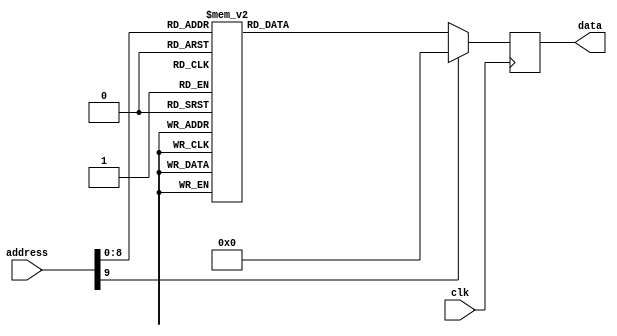
module adau1761_configuration_data(
    input clk,
    input [9:0] address,
    output reg [8:0] data
);

always @(posedge clk) begin
    case(address)
        10'b0000000000: data <= 9'b011101111;
        10'b0000000001: data <= 9'b101110110;
        10'b0000000010: data <= 9'b101000000;
        10'b0000000011: data <= 9'b100000000;
        10'b0000000100: data <= 9'b100001110;
        10'b0000000101: data <= 9'b011111111;
        10'b0000000110: data <= 9'b101110110;
        10'b0000000111: data <= 9'b101000000;
        10'b0000001000: data <= 9'b100000010;
        10'b0000001001: data <= 9'b100000000;
        10'b0000001010: data <= 9'b101111101;
        10'b0000001011: data <= 9'b100000000;
        10'b0000001100: data <= 9'b100001100;
        10'b0000001101: data <= 9'b100100011;
        10'b0000001110: data <= 9'b100000001;
        10'b0000001111: data <= 9'b011111111;
        10'b0000010000: data <= 9'b011101111;
        10'b0000010001: data <= 9'b101110110;
        10'b0000010010: data <= 9'b101000000;
        10'b0000010011: data <= 9'b100000000;
        10'b0000010100: data <= 9'b100001111;
        10'b0000010101: data <= 9'b011111111;
        10'b0000010110: data <= 9'b011101111;
        10'b0000010111: data <= 9'b101110110;
        10'b0000011000: data <= 9'b101000000;
        10'b0000011001: data <= 9'b100010101;
        10'b0000011010: data <= 9'b100000001;
        10'b0000011011: data <= 9'b011111111;
        10'b0000011100: data <= 9'b101110110;
        10'b0000011101: data <= 9'b101000000;
        10'b0000011110: data <= 9'b100001010;
        10'b0000011111: data <= 9'b100000001;
        10'b0000100000: data <= 9'b011111111;
        10'b0000100001: data <= 9'b101110110;
        10'b0000100010: data <= 9'b101000000;
        10'b0000100011: data <= 9'b100001011;
        10'b0000100100: data <= 9'b100000101;
        10'b0000100101: data <= 9'b011111111;
        10'b0000100110: data <= 9'b101110110;
        10'b0000100111: data <= 9'b101000000;
        10'b0000101000: data <= 9'b100001100;
        10'b0000101001: data <= 9'b100000001;
        10'b0000101010: data <= 9'b011111111;
        10'b0000101011: data <= 9'b101110110;
        10'b0000101100: data <= 9'b101000000;
        10'b0000101101: data <= 9'b100001101;
        10'b0000101110: data <= 9'b100000101;
        10'b0000101111: data <= 9'b011111111;
        10'b0000110000: data <= 9'b101110110;
        10'b0000110001: data <= 9'b101000000;
        10'b0000110010: data <= 9'b100011100;
        10'b0000110011: data <= 9'b100100001;
        10'b0000110100: data <= 9'b011111111;
        10'b0000110101: data <= 9'b101110110;
        10'b0000110110: data <= 9'b101000000;
        10'b0000110111: data <= 9'b100011110;
        10'b0000111000: data <= 9'b101000001;
        10'b0000111001: data <= 9'b011111111;
        10'b0000111010: data <= 9'b101110110;
        10'b0000111011: data <= 9'b101000000;
        10'b0000111100: data <= 9'b100100011;
        10'b0000111101: data <= 9'b111100111;
        10'b0000111110: data <= 9'b011111111;
        10'b0000111111: data <= 9'b101110110;
        10'b0001000000: data <= 9'b101000000;
        10'b0001000001: data <= 9'b100100100;
        10'b0001000010: data <= 9'b111100111;
        10'b0001000011: data <= 9'b011111111;
        10'b0001000100: data <= 9'b101110110;
        10'b0001000101: data <= 9'b101000000;
        10'b0001000110: data <= 9'b100100101;
        10'b0001000111: data <= 9'b111100111;
        10'b0001001000: data <= 9'b011111111;
        10'b0001001001: data <= 9'b101110110;
        10'b0001001010: data <= 9'b101000000;
        10'b0001001011: data <= 9'b100100110;
        10'b0001001100: data <= 9'b111100111;
        10'b0001001101: data <= 9'b011111111;
        10'b0001001110: data <= 9'b101110110;
        10'b0001001111: data <= 9'b101000000;
        10'b0001010000: data <= 9'b100011001;
        10'b0001010001: data <= 9'b100000011;
        10'b0001010010: data <= 9'b011111111;
        10'b0001010011: data <= 9'b101110110;
        10'b0001010100: data <= 9'b101000000;
        10'b0001010101: data <= 9'b100101001;
        10'b0001010110: data <= 9'b100000011;
        10'b0001010111: data <= 9'b011111111;
        10'b0001011000: data <= 9'b101110110;
        10'b0001011001: data <= 9'b101000000;
        10'b0001011010: data <= 9'b100101010;
        10'b0001011011: data <= 9'b100000011;
        10'b0001011100: data <= 9'b011111111;
        10'b0001011101: data <= 9'b101110110;
        10'b0001011110: data <= 9'b101000000;
        10'b0001011111: data <= 9'b111110010;
        10'b0001100000: data <= 9'b100000001;
        10'b0001100001: data <= 9'b011111111;
        10'b0001100010: data <= 9'b101110110;
        10'b0001100011: data <= 9'b101000000;
        10'b0001100100: data <= 9'b111110011;
        10'b0001100101: data <= 9'b100000001;
        10'b0001100110: data <= 9'b011111111;
        10'b0001100111: data <= 9'b101110110;
        10'b0001101000: data <= 9'b101000000;
        10'b0001101001: data <= 9'b111111001;
        10'b0001101010: data <= 9'b101111111;
        10'b0001101011: data <= 9'b011111111;
        10'b0001101100: data <= 9'b101110110;
        10'b0001101101: data <= 9'b101000000;
        10'b0001101110: data <= 9'b111111010;
        10'b0001101111: data <= 9'b100000011;
        10'b0001110000: data <= 9'b011111111;
        10'b0001110001: data <= 9'b000010011;
        10'b0001110010: data <= 9'b011111110;
        10'b0001110011: data <= 9'b011111110;
        10'b0001110100: data <= 9'b011111110;
        10'b0001110101: data <= 9'b011111110;
        10'b0001110110: data <= 9'b011111110;
        10'b0001110111: data <= 9'b011111110;
        10'b0001111000: data <= 9'b101110110;
        10'b0001111001: data <= 9'b101000000;
        10'b0001111010: data <= 9'b100011100;
        10'b0001111011: data <= 9'b100100000;
        10'b0001111100: data <= 9'b011111111;
        10'b0001111101: data <= 9'b101110110;
        10'b0001111110: data <= 9'b101000000;
        10'b0001111111: data <= 9'b100011110;
        10'b0010000000: data <= 9'b101000000;
        10'b0010000001: data <= 9'b011111111;
        10'b0010000010: data <= 9'b011101111;
        10'b0010000011: data <= 9'b011101111;
        10'b0010000100: data <= 9'b011101111;
        10'b0010000101: data <= 9'b011101111;
        10'b0010000110: data <= 9'b010100000;
        10'b0010000111: data <= 9'b010100001;
        10'b0010001000: data <= 9'b011101111;
        10'b0010001001: data <= 9'b011101111;
        10'b0010001010: data <= 9'b101110110;
        10'b0010001011: data <= 9'b101000000;
        10'b0010001100: data <= 9'b100011100;
        10'b0010001101: data <= 9'b100100001;
        10'b0010001110: data <= 9'b011111111;
        10'b0010001111: data <= 9'b101110110;
        10'b0010010000: data <= 9'b101000000;
        10'b0010010001: data <= 9'b100011110;
        10'b0010010010: data <= 9'b101000001;
        10'b0010010011: data <= 9'b011111111;
        10'b0010010100: data <= 9'b011111110;
        10'b0010010101: data <= 9'b011111110;
        10'b0010010110: data <= 9'b011111110;
        10'b0010010111: data <= 9'b011111110;
        10'b0010011000: data <= 9'b010000000;
        10'b0010011001: data <= 9'b000010100;
        10'b0010011010: data <= 9'b010000001;
        10'b0010011011: data <= 9'b000011001;
        10'b0010011100: data <= 9'b000010011;
        10'b0010011101: data <= 9'b011111110;
        10'b0010011110: data <= 9'b011111110;
        10'b0010011111: data <= 9'b011111110;
        10'b0010100000: data <= 9'b101110110;
        10'b0010100001: data <= 9'b101000000;
        10'b0010100010: data <= 9'b100011100;
        10'b0010100011: data <= 9'b100100000;
        10'b0010100100: data <= 9'b011111111;
        10'b0010100101: data <= 9'b101110110;
        10'b0010100110: data <= 9'b101000000;
        10'b0010100111: data <= 9'b100011110;
        10'b0010101000: data <= 9'b101000000;
        10'b0010101001: data <= 9'b011111111;
        10'b0010101010: data <= 9'b011101111;
        10'b0010101011: data <= 9'b011101111;
        10'b0010101100: data <= 9'b011101111;
        10'b0010101101: data <= 9'b011101111;
        10'b0010101110: data <= 9'b010110000;
        10'b0010101111: data <= 9'b010100001;
        10'b0010110000: data <= 9'b011101111;
        10'b0010110001: data <= 9'b011101111;
        10'b0010110010: data <= 9'b101110110;
        10'b0010110011: data <= 9'b101000000;
        10'b0010110100: data <= 9'b100011100;
        10'b0010110101: data <= 9'b100100001;
        10'b0010110110: data <= 9'b011111111;
        10'b0010110111: data <= 9'b101110110;
        10'b0010111000: data <= 9'b101000000;
        10'b0010111001: data <= 9'b100011110;
        10'b0010111010: data <= 9'b101000001;
        10'b0010111011: data <= 9'b011111111;
        10'b0010111100: data <= 9'b011111110;
        10'b0010111101: data <= 9'b011111110;
        10'b0010111110: data <= 9'b011111110;
        10'b0010111111: data <= 9'b011111110;
        10'b0011000000: data <= 9'b010010000;
        10'b0011000001: data <= 9'b000001111;
        10'b0011000010: data <= 9'b010000001;
        10'b0011000011: data <= 9'b000011110;
        10'b0011000100: data <= 9'b000011000;
        10'b0011000101: data <= 9'b011111110;
        10'b0011000110: data <= 9'b011111110;
        10'b0011000111: data <= 9'b011111110;
        10'b0011001000: data <= 9'b101110110;
        10'b0011001001: data <= 9'b101000000;
        10'b0011001010: data <= 9'b100011100;
        10'b0011001011: data <= 9'b100100000;
        10'b0011001100: data <= 9'b011111111;
        10'b0011001101: data <= 9'b101110110;
        10'b0011001110: data <= 9'b101000000;
        10'b0011001111: data <= 9'b100011110;
        10'b0011010000: data <= 9'b101000000;
        10'b0011010001: data <= 9'b011111111;
        10'b0011010010: data <= 9'b011101111;
        10'b0011010011: data <= 9'b011101111;
        10'b0011010100: data <= 9'b011101111;
        10'b0011010101: data <= 9'b011101111;
        10'b0011010110: data <= 9'b010100000;
        10'b0011010111: data <= 9'b010110001;
        10'b0011011000: data <= 9'b011101111;
        10'b0011011001: data <= 9'b011101111;
        10'b0011011010: data <= 9'b101110110;
        10'b0011011011: data <= 9'b101000000;
        10'b0011011100: data <= 9'b100011100;
        10'b0011011101: data <= 9'b100100001;
        10'b0011011110: data <= 9'b011111111;
        10'b0011011111: data <= 9'b101110110;
        10'b0011100000: data <= 9'b101000000;
        10'b0011100001: data <= 9'b100011110;
        10'b0011100010: data <= 9'b101000001;
        10'b0011100011: data <= 9'b011111111;
        10'b0011100100: data <= 9'b011111110;
        10'b0011100101: data <= 9'b011111110;
        10'b0011100110: data <= 9'b011111110;
        10'b0011100111: data <= 9'b011111110;
        10'b0011101000: data <= 9'b010000000;
        10'b0011101001: data <= 9'b000000000;
        10'b0011101010: data <= 9'b010010001;
        10'b0011101011: data <= 9'b000001111;
        10'b0011101100: data <= 9'b000011101;
        10'b0011101101: data <= 9'b011111110;
        10'b0011101110: data <= 9'b011111110;
        10'b0011101111: data <= 9'b011111110;
        10'b0011110000: data <= 9'b101110110;
        10'b0011110001: data <= 9'b101000000;
        10'b0011110010: data <= 9'b100011100;
        10'b0011110011: data <= 9'b100100000;
        10'b0011110100: data <= 9'b011111111;
        10'b0011110101: data <= 9'b101110110;
        10'b0011110110: data <= 9'b101000000;
        10'b0011110111: data <= 9'b100011110;
        10'b0011111000: data <= 9'b101000000;
        10'b0011111001: data <= 9'b011111111;
        10'b0011111010: data <= 9'b011101111;
        10'b0011111011: data <= 9'b011101111;
        10'b0011111100: data <= 9'b011101111;
        10'b0011111101: data <= 9'b011101111;
        10'b0011111110: data <= 9'b010110000;
        10'b0011111111: data <= 9'b010110001;
        10'b0100000000: data <= 9'b011101111;
        10'b0100000001: data <= 9'b011101111;
        10'b0100000010: data <= 9'b101110110;
        10'b0100000011: data <= 9'b101000000;
        10'b0100000100: data <= 9'b100011100;
        10'b0100000101: data <= 9'b100100001;
        10'b0100000110: data <= 9'b011111111;
        10'b0100000111: data <= 9'b101110110;
        10'b0100001000: data <= 9'b101000000;
        10'b0100001001: data <= 9'b100011110;
        10'b0100001010: data <= 9'b101000001;
        10'b0100001011: data <= 9'b011111111;
        10'b0100001100: data <= 9'b011111110;
        10'b0100001101: data <= 9'b011111110;
        10'b0100001110: data <= 9'b011111110;
        10'b0100001111: data <= 9'b011111110;
        10'b0100010000: data <= 9'b010010000;
        10'b0100010001: data <= 9'b000011001;
        10'b0100010010: data <= 9'b010010001;
        10'b0100010011: data <= 9'b000010100;
        10'b0100010100: data <= 9'b000100010;
        default: data <= 9'b000000000; // Default value when no match
    endcase;
end

endmodule